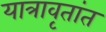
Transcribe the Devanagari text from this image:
यात्रावृतांत